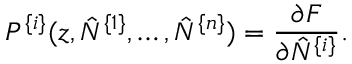
P ^ { \{ i \} } ( z , \hat { N } ^ { \{ 1 \} } , \ldots , \hat { N } ^ { \{ n \} } ) = \frac { \partial F } { \partial \hat { N } ^ { \{ i \} } } .